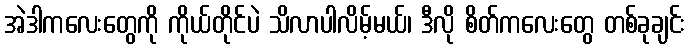
အဲဒါကလေးတွေကို ကိုယ်တိုင်ပဲ သိလာပါလိမ့်မယ်၊ ဒီလို စိတ်ကလေးတွေ တစ်ခုချင်း